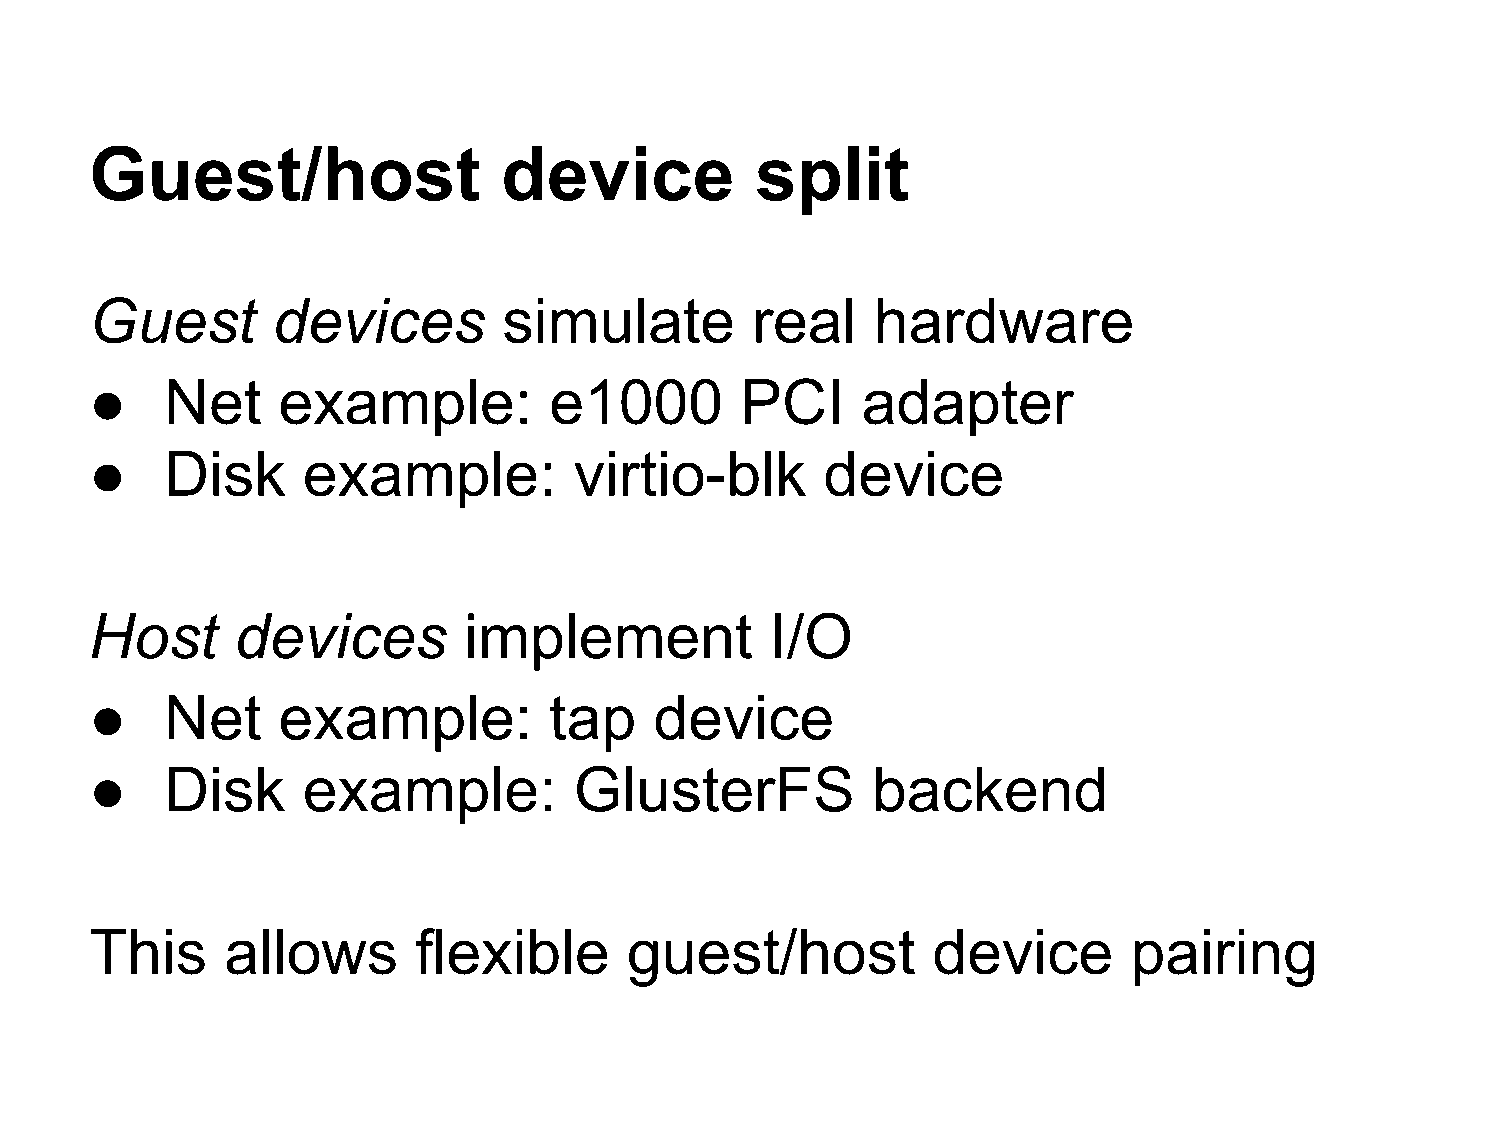
Guest/host                 device           split
 Guest       devices        simulate         real    hardware
 ●    Net    example:          e1000        PCI     adapter
 ●    Disk     example:          virtio-blk       device
 Host      devices        implement           I/O
 ●    Net    example:          tap    device
 ●    Disk     example:          GlusterFS           backend
 This     allows      flexible       guest/host          device       pairing